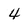
Character: 4